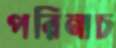
পরিনাচ